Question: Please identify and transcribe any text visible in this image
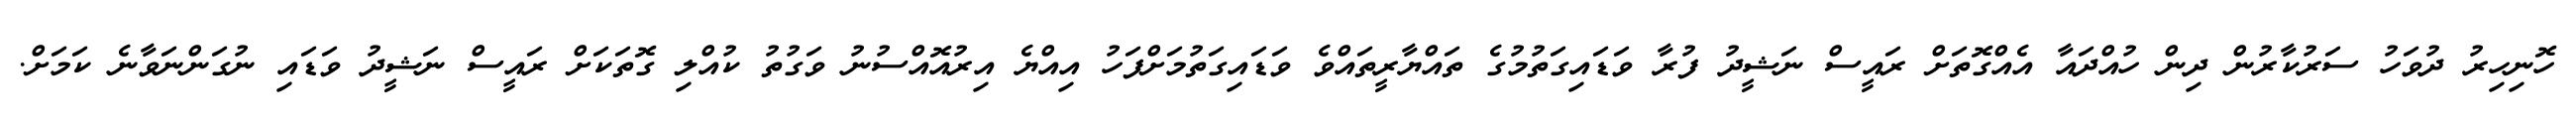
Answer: ހޮނިހިރު ދުވަހު ސަރުކާރުން ދިން ހުއްދައާ އެއްގޮތަށް ރައީސް ނަޝީދު ފުރާ ވަޑައިގަތުމުގެ ތައްޔާރީތައްވެ ވަޑައިގަތުމަށްފަހު އިއްޔެ އިރުއޮއްސުނު ވަގުތު ކުއްލި ގޮތަކަށް ރައީސް ނަޝީދު ވަޑައި ނުގަންނަވާނެ ކަމަށް.